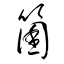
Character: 箘